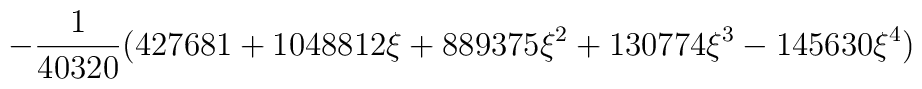
\displaystyle-\frac{1}{40320}(427681+1048812\xi+889375\xi^2+130774\xi^3-145630\xi^4)